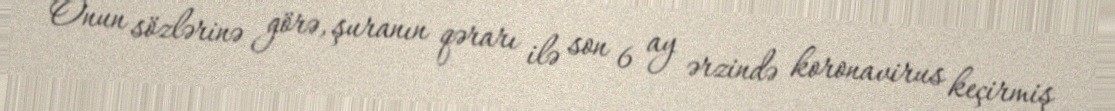
Onun sözlərinə görə, şuranın qərarı ilə son 6 ay ərzində koronavirus keçirmiş